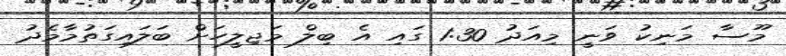
މޫސާ މަނިކު ވަނީ މިއަދު 1:30 ގައި އެ ބިލް މަޖިލީހަށް ބަލައިގަތުމާމެދު